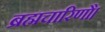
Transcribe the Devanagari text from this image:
ब्रह्मचारिणौ।